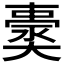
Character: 𡚀